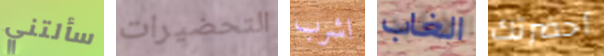
سألتني التحضيرات اشرب الغاب أحضرتك